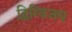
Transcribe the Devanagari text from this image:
द्विग्विजय